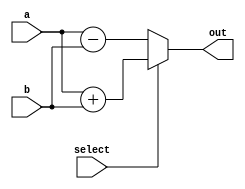
module ExampleModule (
    input  wire [3:0] a,    // 4-bit input signal
    input  wire [3:0] b,    // 4-bit input signal
    input  wire select,      // Control signal for selection
    output reg  [3:0] out    // 4-bit output signal
);

// Always block sensitive to changes in inputs a, b, and select
always @(a, b, select) begin
    // Non-blocking assignment for output based on control signal
    if (select) begin
        out <= a + b;        // If select is high, output sum of a and b
    end else begin
        out <= a - b;        // If select is low, output difference of a and b
    end
end

endmodule